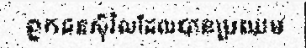
ពួកជនស៊ីវិលដែលបានប្រឈម